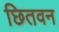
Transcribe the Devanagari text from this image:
छितवन